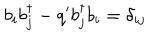
b _ { i } b _ { j } ^ { \dagger } - q ^ { \prime } b _ { j } ^ { \dagger } b _ { i } = \delta _ { i j }